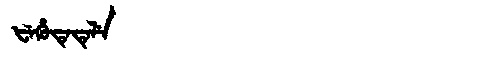
Manchu: ᡶᡝᡥᡠᡨᡝᡨᡝᠯᡝ
Romanization: FEHUTETELE